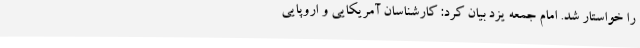
را خواستار شد. امام جمعه یزد بیان کرد: کارشناسان آمریکایی و اروپایی